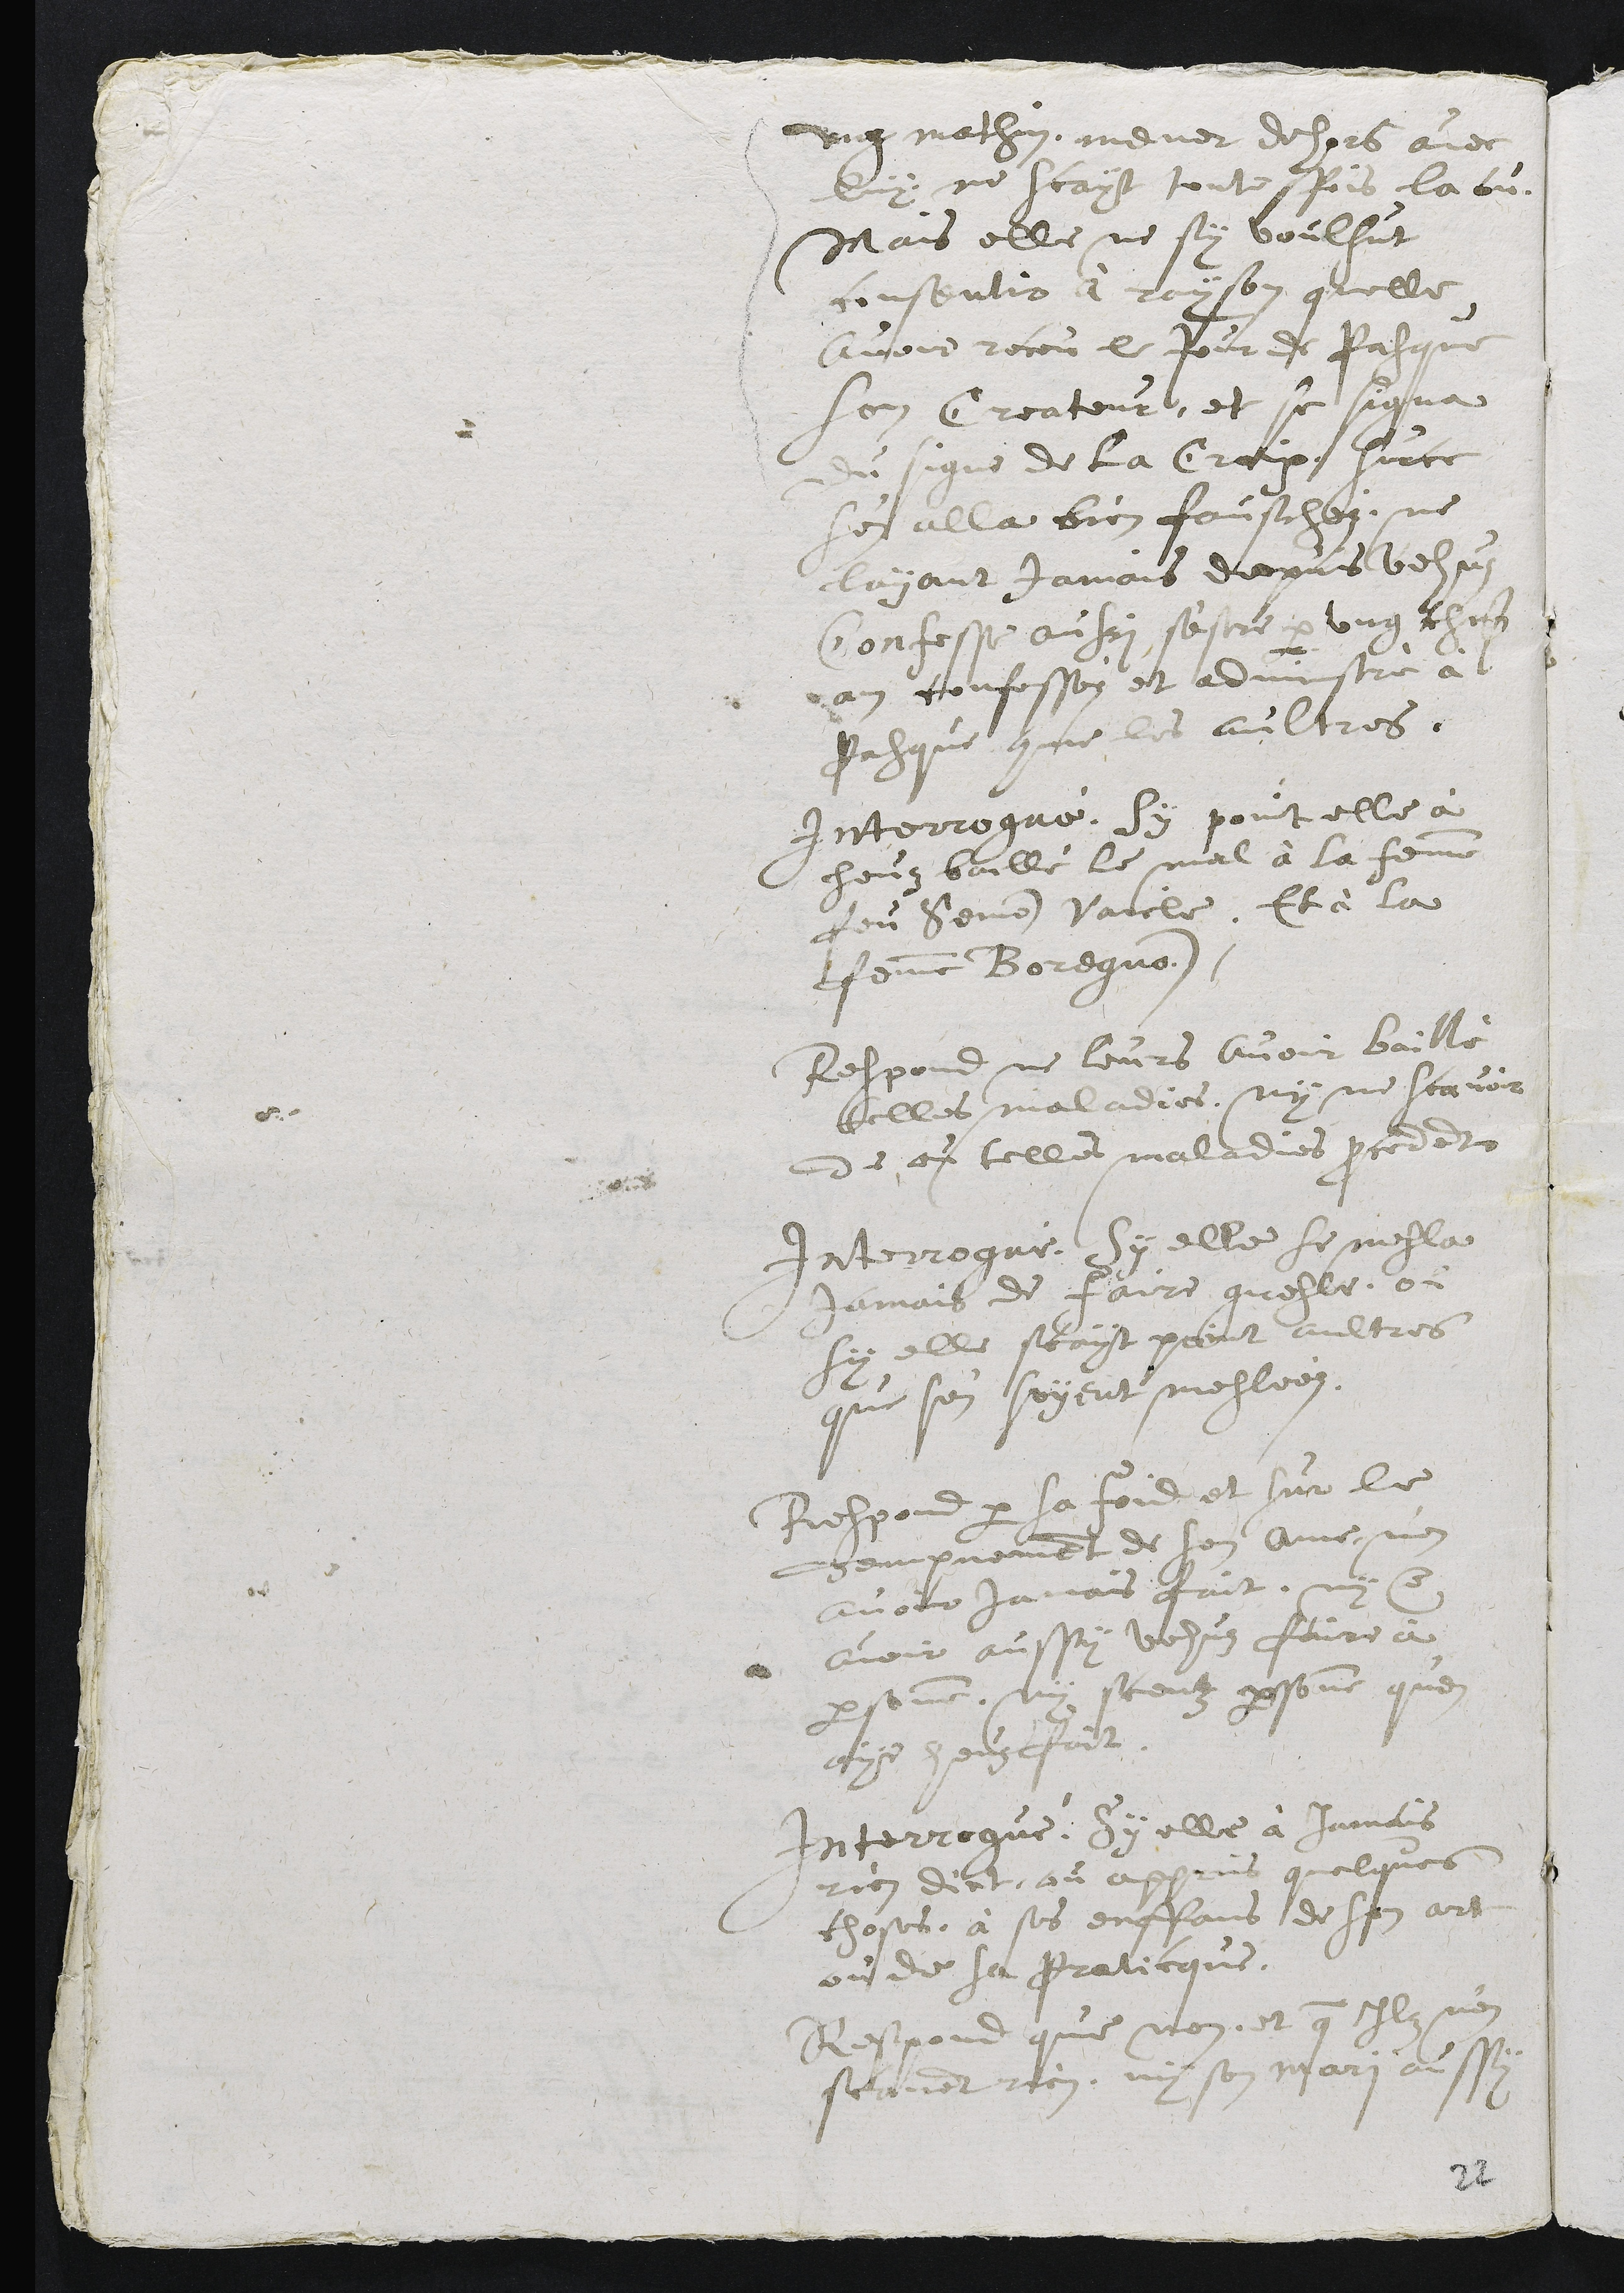
ung mathin, mener dehors avec
luy ne scayt touteffois la ou,
mais elle ne sy voulsut
consentir à rayson quelle
avoit receu le jour de Pasque
son Createur, et se signa
du signe de la Croix. sur ce
s'en alla fauschez, ne
layant jamais depuis vehuz
Confesse aussi estre par ung chascun
an confesséz et administré à
Pasque comme les aultres.
Interrogué, sy point elle à
heuz baillé le mal à la femme
feu Semon Vaicle, Et à la
femme Boregnon.
Respond ne leurs avoir baillé
telles maladies, ny ne scavoir
de ou telles maladies procedent
Interrogué, sy elle se mesla
jamais de faire gresler, ou
sy elle scayt point aultres
que s'en soyent mesléez.
Respond par sa foid et sur le
dempnement de son ame, n'en
avoir jamais fait, ny en
avoir aussy vehuz faire à
personne, ny sceutz personne quen
aye heuz fait.
Interrogué, sy elle à jamais
rien dict, ou apprins quelques
choses, à ses enffans de son art
ou de sa Praticque.
Respond que non, et que ilz n'en
scavent rien, ny son mari aussy